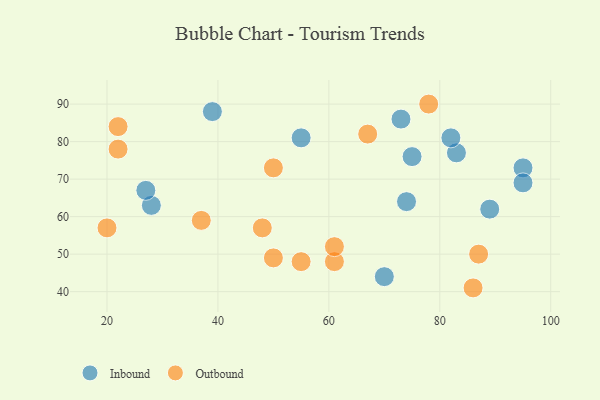
{"axis": {"x": "GDP", "y": "Life Expectancy"}, "legend": ["Inbound", "Outbound"], "data": [{"x": "39", "y": 88, "type": "Inbound"}, {"x": "28", "y": 63, "type": "Inbound"}, {"x": "74", "y": 64, "type": "Inbound"}, {"x": "83", "y": 77, "type": "Inbound"}, {"x": "70", "y": 44, "type": "Inbound"}, {"x": "55", "y": 81, "type": "Inbound"}, {"x": "95", "y": 73, "type": "Inbound"}, {"x": "27", "y": 67, "type": "Inbound"}, {"x": "73", "y": 86, "type": "Inbound"}, {"x": "89", "y": 62, "type": "Inbound"}, {"x": "75", "y": 76, "type": "Inbound"}, {"x": "82", "y": 81, "type": "Inbound"}, {"x": "95", "y": 69, "type": "Inbound"}, {"x": "50", "y": 73, "type": "Outbound"}, {"x": "61", "y": 48, "type": "Outbound"}, {"x": "22", "y": 78, "type": "Outbound"}, {"x": "78", "y": 90, "type": "Outbound"}, {"x": "86", "y": 41, "type": "Outbound"}, {"x": "48", "y": 57, "type": "Outbound"}, {"x": "22", "y": 84, "type": "Outbound"}, {"x": "37", "y": 59, "type": "Outbound"}, {"x": "20", "y": 57, "type": "Outbound"}, {"x": "87", "y": 50, "type": "Outbound"}, {"x": "61", "y": 52, "type": "Outbound"}, {"x": "50", "y": 49, "type": "Outbound"}, {"x": "67", "y": 82, "type": "Outbound"}, {"x": "55", "y": 48, "type": "Outbound"}]}